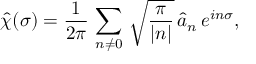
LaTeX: \hat { \chi } ( \sigma ) = \frac { 1 } { 2 \pi } \, \sum _ { n \ne 0 } \, \sqrt { \frac { \pi } { | n | } } \, \hat { a } _ { n } \, e ^ { i n \sigma } ,